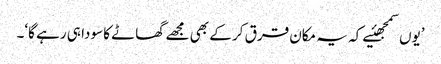
’یوں سمجھئیے کہ یہ مکان قرق کر کے بھی مجھے گھاٹے کا سودا ہی رہے گا‘۔